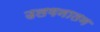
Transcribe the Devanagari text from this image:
उलगनातन